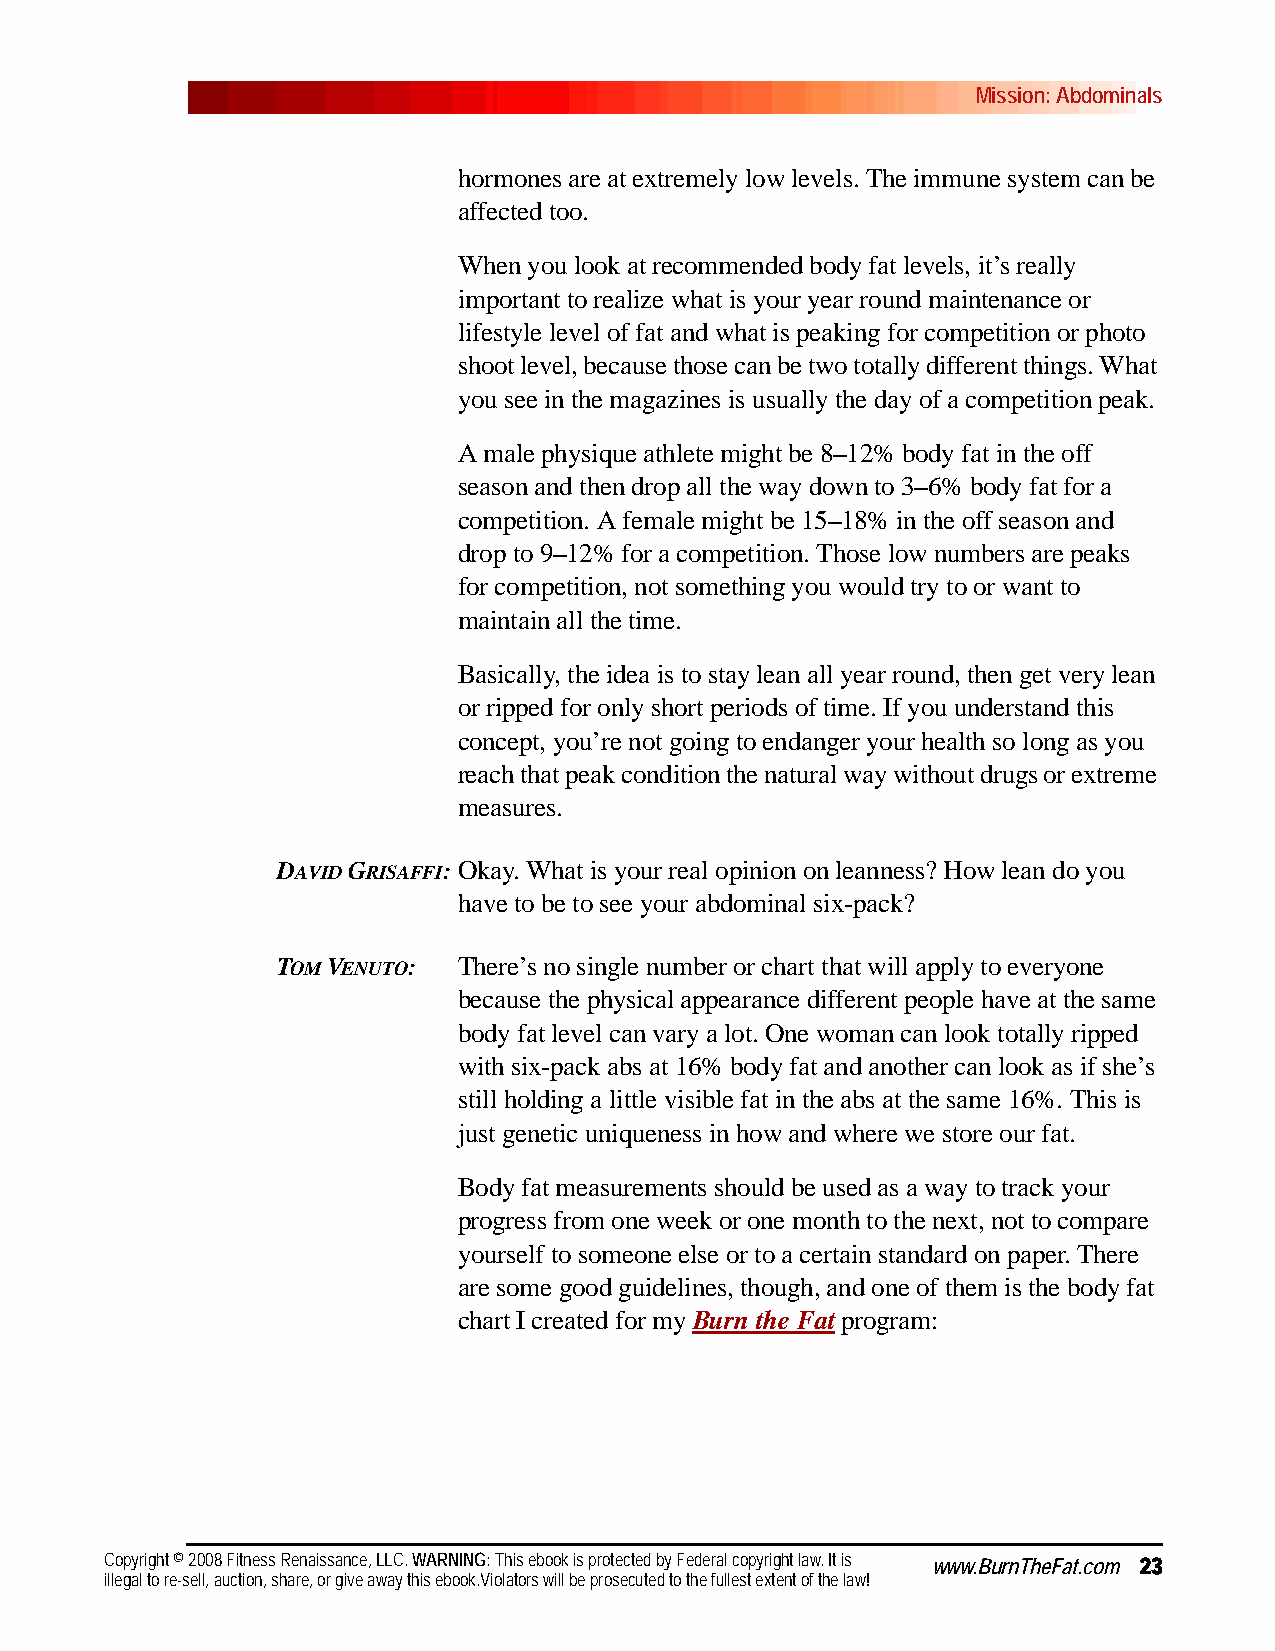
Mission: Abdominals
 hormones are at extremely low levels. The immune system can be
 affected too.
 When you look at recommended body fat levels, it’s really
 important to realize what is your year round maintenance or
 lifestyle level of fat and what is peaking for competition or photo
 shoot level, because those can be two totally different things. What
 you see in the magazines is usually the day of a competition peak.
 A male physique athlete might be 8–12% body fat in the off
 season and then drop all the way down to 3–6% body fat for a
 competition. A female might be 15–18% in the off season and
 drop to 9–12% for a competition. Those low numbers are peaks
 for competition, not something you would try to or want to
 maintain all the time.
 Basically, the idea is to stay lean all year round, then get very lean
 or ripped for only short periods of time. If you understand this
 concept, you’re not going to endanger your health so long as you
 reach that peak condition the natural way without drugs or extreme
 measures.
 DAVID GRISAFFI:Okay. What is your real opinion on leanness? How lean do you
 have to be to see your abdominal six-pack?
 TOM VENUTO: There’s no single number or chart that will apply to everyone
 because the physical appearance different people have at the same
 body fat level can vary a lot. One woman can look totally ripped
 with six-pack abs at 16% body fat and another can look as if she’s
 still holding a little visible fat in the abs at the same 16%. This is
 just genetic uniqueness in how and where we store our fat.
 Body fat measurements should be used as a way to track your
 progress from one week or one month to the next, not to compare
 yourself to someone else or to a certain standard on paper. There
 are some good guidelines, though, and one of them is the body fat
 chart I created for my Burn the Fat program:
 Copyright © 2008 Fitness Renaissance, LLC. WARNING: This ebook is protected by Federal copyright law. It is www.BurnTheFat.com 23
 illegal to re-sell, auction, share, or give away this ebook.Violators will be prosecuted to the fullest extent of the law!